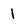
Character: 1